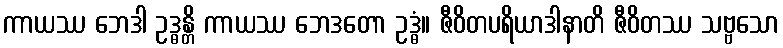
ကာယဿ ဘေဒါ ဥဒ္ဓန္တိ ကာယဿ ဘေဒတော ဥဒ္ဓံ။ ဇီဝိတပရိယာဒါနာတိ ဇီဝိတဿ သဗ္ဗသော